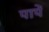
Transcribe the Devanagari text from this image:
पापें